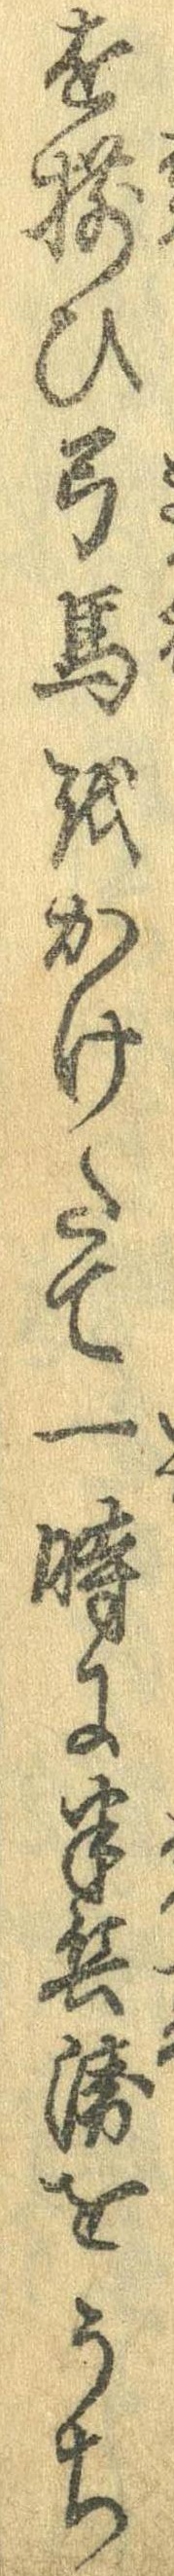
を揃ひ弓馬をかけたて一時に半兵衛をうち